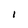
Character: I